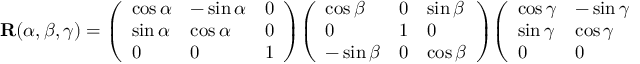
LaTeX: \mathbf { R } ( \alpha , \beta , \gamma ) = { \left( \begin{array} { l l l } { \cos \alpha } & { - \sin \alpha } & { 0 } \\ { \sin \alpha } & { \cos \alpha } & { 0 } \\ { 0 } & { 0 } & { 1 } \end{array} \right) } { \left( \begin{array} { l l l } { \cos \beta } & { 0 } & { \sin \beta } \\ { 0 } & { 1 } & { 0 } \\ { - \sin \beta } & { 0 } & { \cos \beta } \end{array} \right) } { \left( \begin{array} { l l l } { \cos \gamma } & { - \sin \gamma } & { 0 } \\ { \sin \gamma } & { \cos \gamma } & { 0 } \\ { 0 } & { 0 } & { 1 } \end{array} \right) }